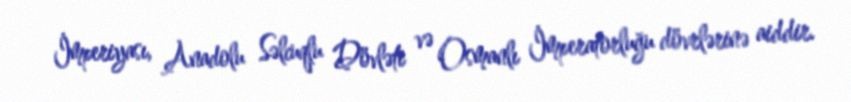
İmperiyası, Anadolu Səlcuqlu Dövləti və Osmanlı İmperatorluğu dövrlərinə aiddir.